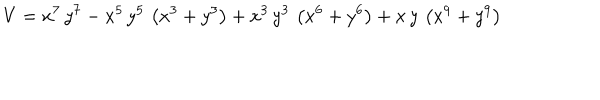
V = { x ^ { 7 } } \, { y ^ { 7 } } - { x ^ { 5 } } \, { y ^ { 5 } } \, \left( { x ^ { 3 } } + { y ^ { 3 } } \right) + { x ^ { 3 } } \, { y ^ { 3 } } \, \left( { x ^ { 6 } } + { y ^ { 6 } } \right) + x \, y \, \left( { x ^ { 9 } } + { y ^ { 9 } } \right) \,